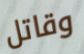
وقاتل